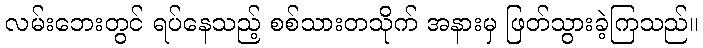
လမ်းဘေးတွင် ရပ်နေသည့် စစ်သားတသိုက် အနားမှ ဖြတ်သွားခဲ့ကြသည်။